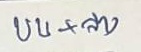
บน + ล่าง